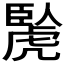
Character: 𧇬